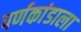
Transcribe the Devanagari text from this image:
पर्णकांडाला